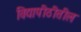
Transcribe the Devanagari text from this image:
विद्यापीठीतील